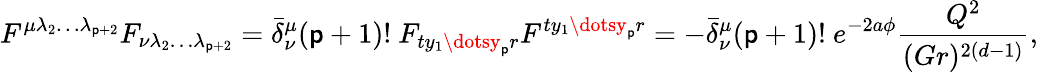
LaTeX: F^{\mu\lambda_{2}\dots\lambda_{\mathsf{p}+2}}F_{\nu\lambda_{2}\dots\lambda_{\mathsf{p}+2}}=\bar{{\delta}}_{\nu}^{\mu}(\mathsf{p}+1)!\ F_{ty_{1}\dotsy_{\mathsf{p}}r}F^{ty_{1}\dotsy_{\mathsf{p}}r}=-\bar{{\delta}}_{\nu}^{\mu}(\mathsf{p}+1)!\ e^{-2a\phi}{\frac{{Q^{2}}}{{(Gr)^{2(d-1)}}}},